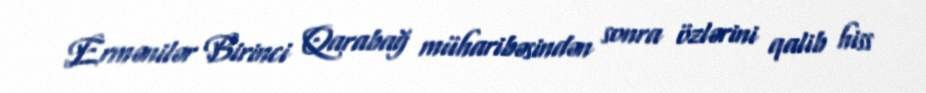
Ermənilər Birinci Qarabağ müharibəsindən sonra özlərini qalib hiss